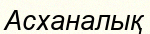
Асханалық